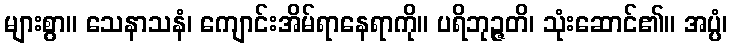
များစွာ။ သေနာသနံ၊ ကျောင်းအိမ်ရာနေရာကို။ ပရိဘုဉ္ဇတိ၊ သုံးဆောင်၏။ အပ္ပံ၊